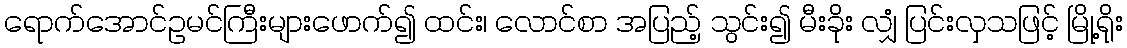
ရောက်အောင်ဥမင်ကြီးများဖောက်၍ ထင်း၊ လောင်စာ အပြည့် သွင်း၍ မီးခိုး လျှံ ပြင်းလှသဖြင့် မြို့ရိုး